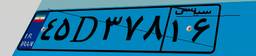
۰۰D۵۲۵۶۴